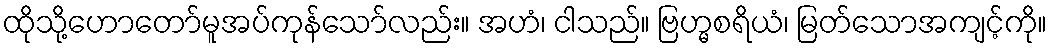
ထိုသို့ဟောတော်မူအပ်ကုန်သော်လည်း။ အဟံ၊ ငါသည်။ ဗြဟ္မစရိယံ၊ မြတ်သောအကျင့်ကို။